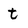
Character: t